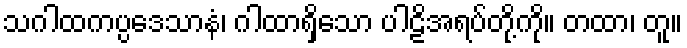
သဂါထကပ္ပဒေသာနံ၊ ဂါထာရှိသော ပါဠိအရပ်တို့ကို။ တထာ၊ တူ။